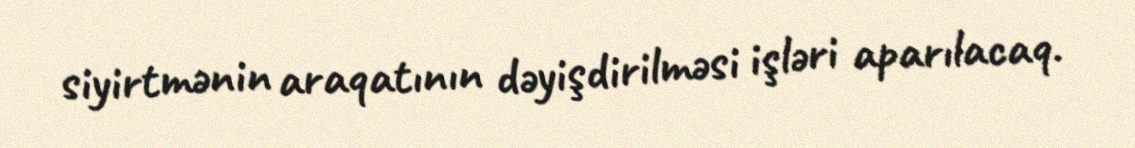
siyirtmənin araqatının dəyişdirilməsi işləri aparılacaq.